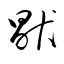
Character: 猒